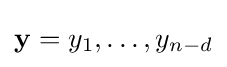
\mathbf {y} =y_{1},\ldots ,y_{n-d}